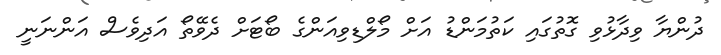
ދުންޔާ ވިދާޅުވި ގޮތުގައި ކަތުމަންޑު އަށް މޯލްޑިވިއަންގެ ބޯޓަށް ދެވޭތޯ އަދިވެސް އަންނަނީ